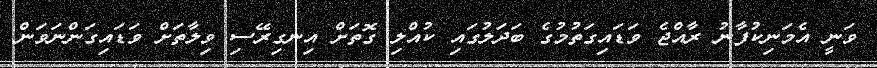
ވަނީ އެމަނިކުފާނު ރާއްޖެ ވަޑައިގަތުމުގެ ބަދަލުގައި ކުއްލި ގޮތަށް އިނގިރޭސި ވިލާތަށް ވަޑައިގަންނަވަން